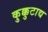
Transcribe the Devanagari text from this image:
कुक्कुटाद्य